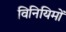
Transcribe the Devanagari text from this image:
विनियिमों